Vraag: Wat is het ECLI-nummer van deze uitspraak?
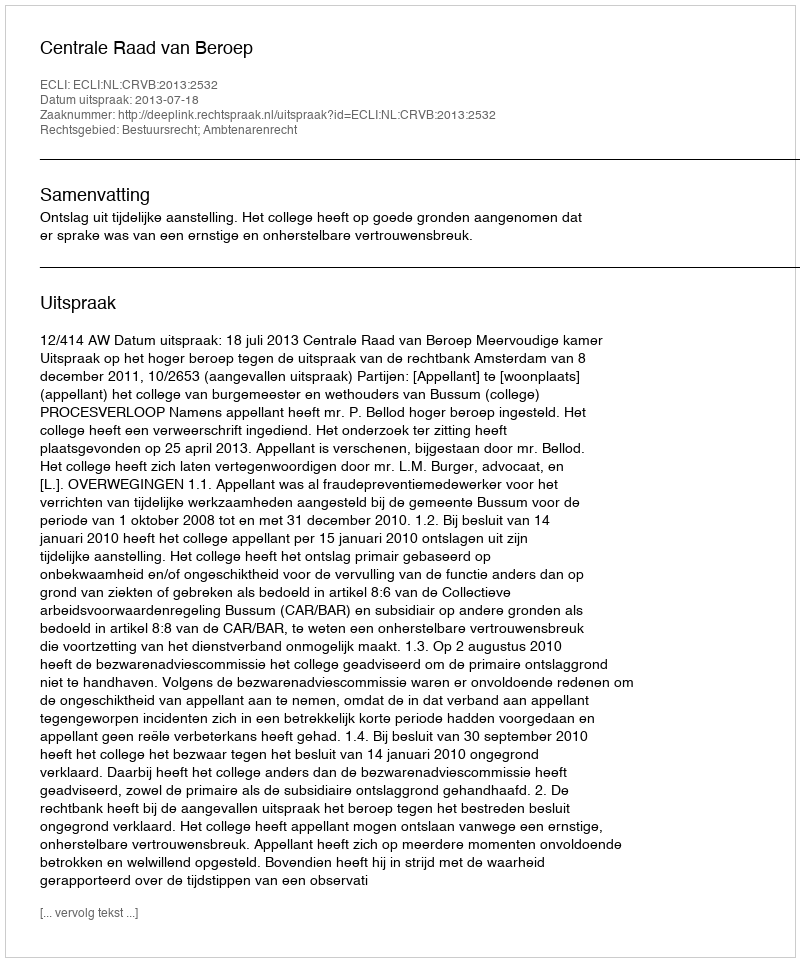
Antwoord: ECLI:NL:CRVB:2013:2532